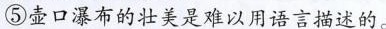
⑤壶口瀑布的壮美是难以用语言描述的。